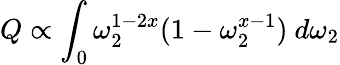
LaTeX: Q\propto\int_{0}\omega_{2}^{1-2x}(1-\omega_{2}^{x-1})\ d\omega_{2}